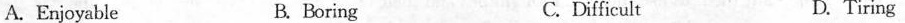
A. Enjoyable B. Boring C.Difficult D.Tiring